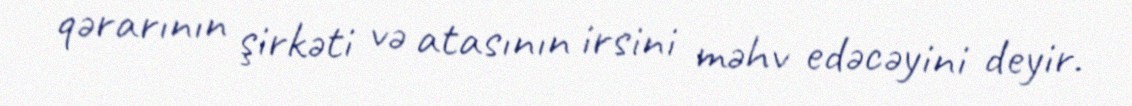
qərarının şirkəti və atasının irsini məhv edəcəyini deyir.